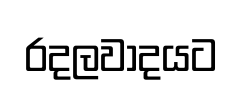
රදලවාදයට